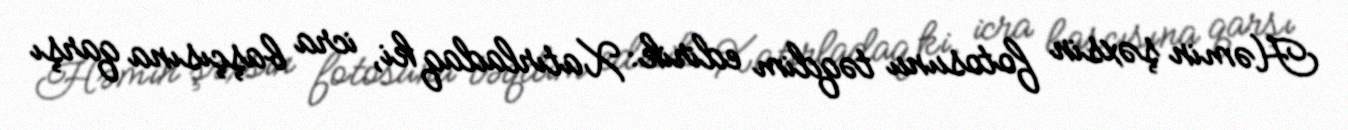
Həmin şəxsin fotosunu təqdim edirik: Xatırladaq ki, icra başçısına qarşı